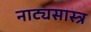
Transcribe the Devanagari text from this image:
नाट्यसास्त्र